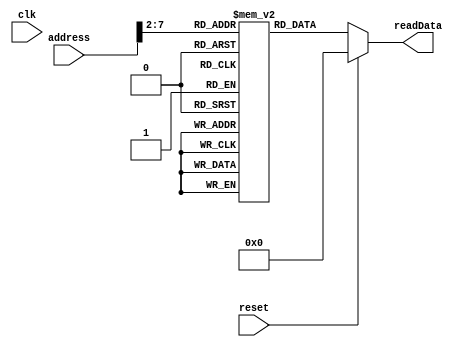
module instMemory(
    input [31:0] address,
    input clk,
    input reset,
    output [31:0] readData
    );
	 
	 reg [31:0]readData;
	 reg [31:0]memBuffer[0:63];
	 
	 initial
	 begin
		  memBuffer[0] = 32'b00000000000000000000000000000000;//noop
		  memBuffer[1] = 32'b00010000000011110000000000000100;//beq 0,15 ->4
	     memBuffer[2] = 32'b10001100000000010000000000000100;//lw 0 4(1)
	     memBuffer[3] = 32'b10001100000000110000000000000100;//lw 0 4(3)
	     memBuffer[4] = 32'b10001100000000110000000000000000;//lw 0 0(3)
		  memBuffer[5] = 32'b00000000000000000000000000000000;//noop
		  memBuffer[6] = 32'b00000000000000000000000000000000;//noop
		  memBuffer[7] = 32'b00000000000000000000000000000000;//noop
		  memBuffer[8] = 32'b00000000000000000000000000000000;//noop
	     memBuffer[9] = 32'b00000000001000100010000000100000;//4=1+2
	     memBuffer[10] = 32'b00000000100000010010100000100010;//5=4-1
	     memBuffer[11] = 32'b00000000010000010011000000100100;//6=2&1
	     memBuffer[12] = 32'b10001100000010100000000000000100;//lw 0 4(10)
	     memBuffer[13] = 32'b10001100000010100000000000000100;//lw 0 4(10)
	     memBuffer[14] = 32'b10001100000010100000000000000100;//lw 0 4(10)
	     memBuffer[15] = 32'b00000000011000010011100000100101;//7=3|1
	     memBuffer[16] = 32'b00000000011000010100000000101010;//8=3slt1
	 end
	 
	 always @(address)
	 begin
	     if (reset == 1) readData <= 0;
	     else readData = memBuffer[address>>2];
    end		  


endmodule